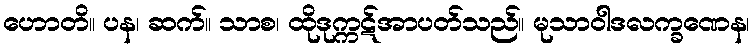
ဟောတိ။ ပန၊ ဆက်။ သာစ၊ ထိုဒုက္ကဋ်အာပတ်သည်။ မုသာဝါဒလက္ခဏေန၊